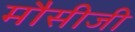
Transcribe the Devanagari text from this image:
मौसीजी